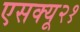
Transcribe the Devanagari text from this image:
एसक्यू२१